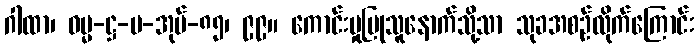
ဂါထာ၊ ဓမ္မ-ဋ္ဌ-ပ-အုပ်-၈၅၊ ၉၉။ ကောင်းမှုပြုသူနောက်သို့သာ သုခအစဉ်လိုက်ကြောင်း